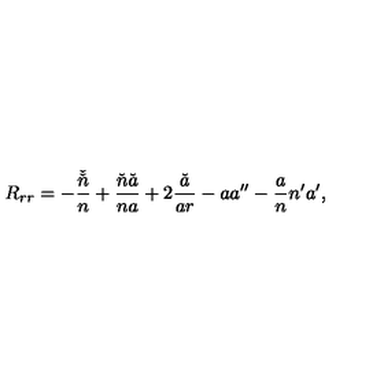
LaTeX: R _ { r r } = - \frac { \check { \check { n } } } { n } + \frac { \check { n } \check { a } } { n a } + 2 \frac { \check { a } } { a r } - a a ^ { \prime \prime } - \frac { a } { n } n ^ { \prime } a ^ { \prime } ,